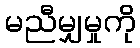
မညီမျှမှုကို